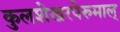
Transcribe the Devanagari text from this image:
कुलशेखरपेरुमाल्